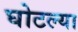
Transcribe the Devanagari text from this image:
घोटल्या